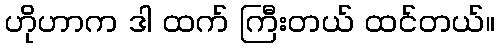
ဟိုဟာက ဒါ ထက် ကြီးတယ် ထင်တယ်။